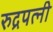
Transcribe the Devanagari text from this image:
रुद्रपत्नी